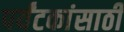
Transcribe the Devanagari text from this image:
पर्यंटकांसाठी